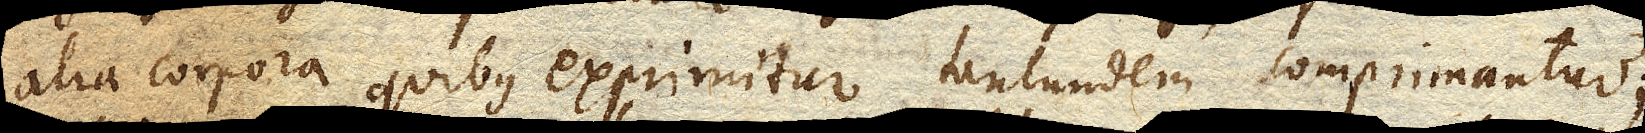
alia corpora quibus exprimitur tantundem comprimantur;